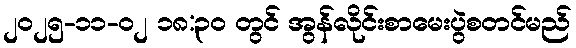
၂၀၂၅-၁၁-၀၂ ၁၈:၃၀ တွင် အွန်လိုင်းစာမေးပွဲစတင်မည်